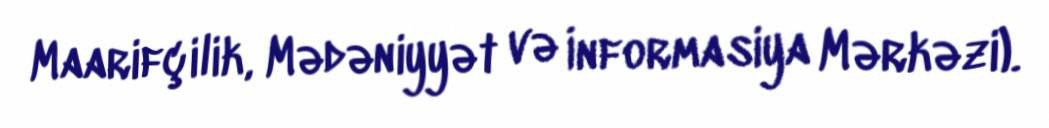
Maarifçilik, Mədəniyyət və İnformasiya Mərkəzi).